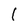
Character: l